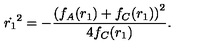
\dot { r _ { 1 } } ^ { 2 } = - \frac { \left( f _ { A } ( r _ { 1 } ) + f _ { C } ( r _ { 1 } ) \right) ^ { 2 } } { 4 f _ { C } ( r _ { 1 } ) } .